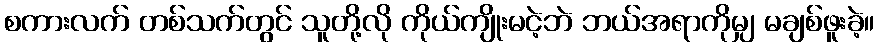
စကားလက် တစ်သက်တွင် သူတို့လို ကိုယ်ကျိုးမငဲ့ဘဲ ဘယ်အရာကိုမျှ မချစ်ဖူးခဲ့။